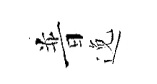
普𨓜